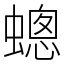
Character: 蟌